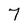
Character: 7